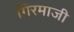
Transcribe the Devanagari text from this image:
गिरमाजी